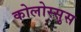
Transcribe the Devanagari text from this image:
कोलोस्सुस